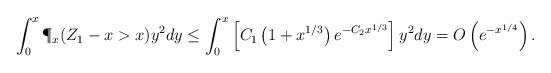
LaTeX: \begin{align*}\int_0^x \P_x(& Z_1 - x > x) y^2 dy\leq \int_0^x \left[ C_1\left(1 + x^{1/3}\right)e^{-C_2 x^{1/3}} \right] y^2 dy= O \left( e^{-x^{1/4}} \right).\end{align*}